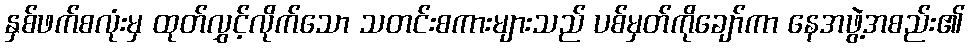
နှစ်ဖက်စလုံးမှ ထုတ်လွှင့်လိုက်သော သတင်းစကားများသည် ပစ်မှတ်ကိုချော်ကာ နေအဖွဲ့အစည်း၏